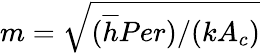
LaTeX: m=\sqrt{(\overline{{h}}Per)/(kA_{c})}